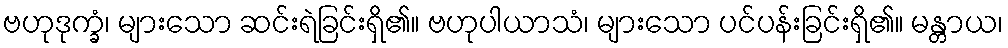
ဗဟုဒုက္ခံ၊ များသော ဆင်းရဲခြင်းရှိ၏။ ဗဟုပါယာသံ၊ များသော ပင်ပန်းခြင်းရှိ၏။ မန္တာယ၊